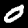
Digit: 0